Source: Handwritten
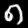
Digit: ၈ (8)